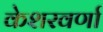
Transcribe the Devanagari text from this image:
केशरवर्णा